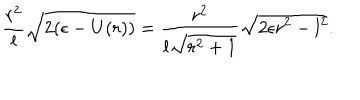
LaTeX: { \frac { r ^ { 2 } } { l } } \sqrt { 2 ( \epsilon - U ( r ) ) } = { \frac { r ^ { 2 } } { l \sqrt { r ^ { 2 } + 1 } } } \sqrt { 2 \epsilon r ^ { 2 } - l ^ { 2 } } .